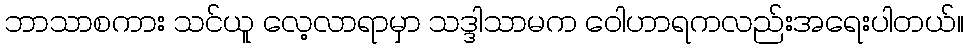
ဘာသာစကား သင်ယူ လေ့လာရာမှာ သဒ္ဒါသာမက ဝေါဟာရကလည်းအရေးပါတယ်။